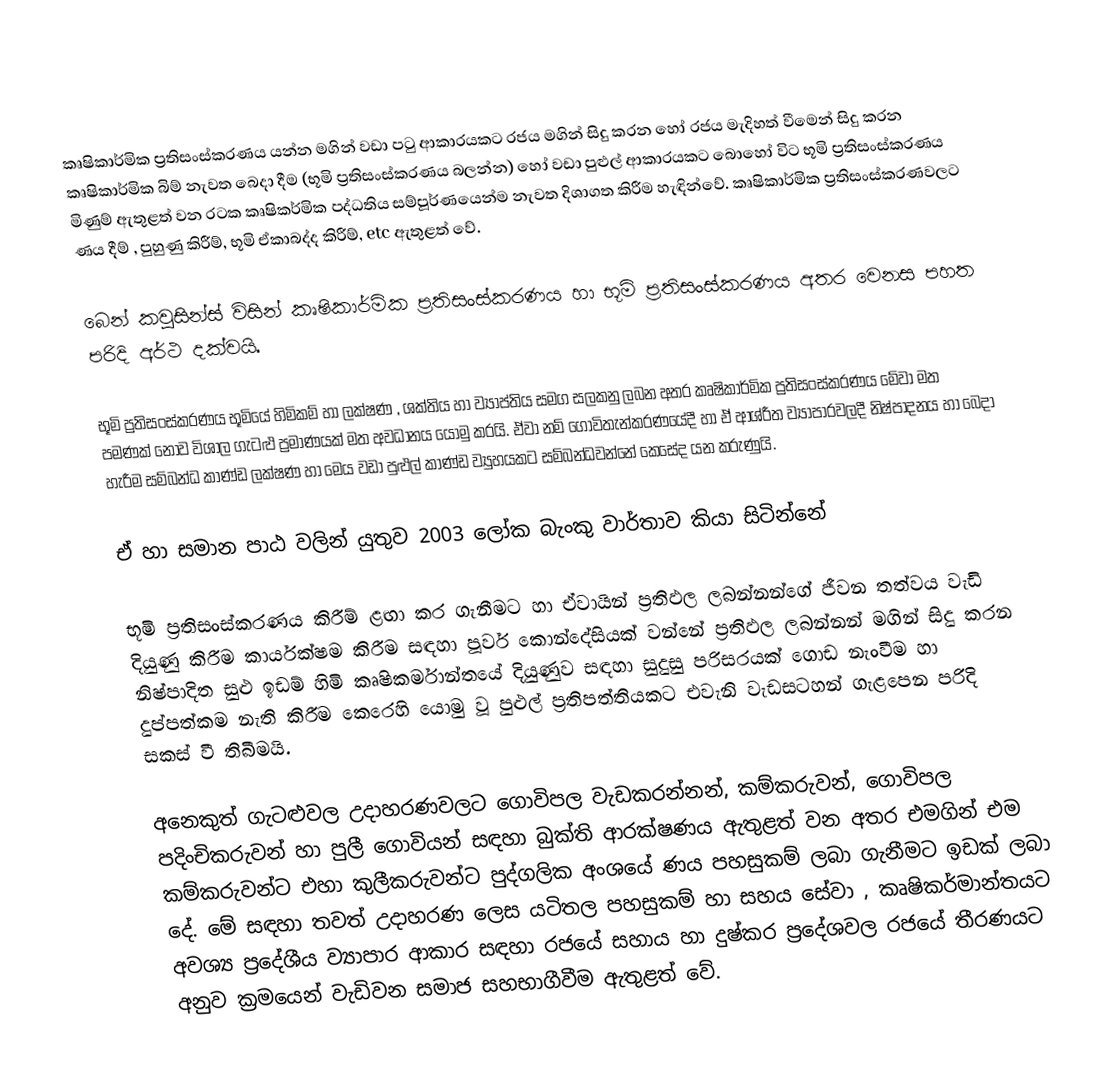
කෘෂිකාර්මික ප්‍රතිසංස්කරණය යන්න මගින් වඩා පටු ආකාරයකට රජය මගින් සිදු කරන හෝ රජය මැදිහත් වීමෙන් සිදු කරන කෘෂිකාර්මික බිම් නැවත බෙදා දීම (භූමි ප්‍රතිසංස්කරණය බලන්න) හෝ වඩා පුළුල් ආකාරයකට බොහෝ විට භූමි ප්‍රතිසංස්කරණය මිණුම් ඇතුළත් වන  රටක කෘෂිකර්මික පද්ධතිය සම්පූර්ණයෙන්ම නැවත දිශාගත කිරීම හැඳින්වේ. කෘෂිකාර්මික ප්‍රතිසංස්කරණවලට ණය දීම් , පුහුණු කිරීම්, භූමි ඒකාබද්ද කිරීම්, etc ඇතුළත් වේ.

බෙන් කවුසින්ස් විසින් කෘෂිකාර්මික ප්‍රතිසංස්කරණය හා භූමි ප්‍රතිසංස්කරණය අතර වෙනස පහත පරිදි අර්ථ දක්වයි.

භූමි ප්‍රතිසංස්කරණය භූමියේ හිමිකම් හා ලක්ෂණ , ශක්තිය හා ව්‍යාප්තිය සමග සලකනු ලබන අතර කෘෂිකාර්මික ප්‍රතිසංස්කරණය මේවා මත පමණක් නොව විශාල ගැටළු ප්‍රමාණයක් මත අවධානය යොමු කරයි. ඒවා නම් ගොවිතැන්කරණයේදී හා ඒ ආශ්රීත ව්‍යාපාරවලදී නිෂ්පාදනය හා බෙදා හැරීම සම්බන්ධ කාණ්ඩ ලක්ෂණ හා මෙය වඩා පුළුල් කාණ්ඩ ව්‍යුහයකට සම්බන්ධවන්නේ කෙසේද යන කරුණුයි.

ඒ හා සමාන පාඨ වලින් යුතුව 2003 ලෝක බැංකු වාර්තාව කියා සිටින්නේ

භූමි ප්‍රතිසංස්කරණය කිරීම් ළඟා කර ගැනීමට හා  ඒවායින් ප්‍රතිඵල ලබන්නන්ගේ ජීවන තත්වය වැඩි දියුණු කිරීම කාර්යක්ෂම කිරීම සඳහා පූර්ව කොන්දේසියක් වන්නේ ප්‍රතිඵල ලබන්නන් මගින් සිදු කරන නිෂ්පාදිත සුළු ඉඩම් හිමි කෘෂිකර්මාන්තයේ දියුණුව සඳහා සුදුසු පරිසරයක් ගොඩ නැංවීම හා දුප්පත්කම නැති කිරීම කෙරෙහි යොමු වූ පුළුල් ප්‍රතිපත්තියකට එවැනි වැඩසටහන් ගැළපෙන පරිදි සකස් වී තිබීමයි.

අනෙකුත් ගැටළුවල උදාහරණවලට ගොවිපල වැඩකරන්නන්, කම්කරුවන්, ගොවිපල පදිංචිකරුවන් හා පුලී ගොවියන් සඳහා බුක්ති ආරක්ෂණය ඇතුළත් වන අතර එමගින් එම කම්කරුවන්ට එහා කුලීකරුවන්ට පුද්ගලික අංශයේ ණය පහසුකම් ලබා ගැනීමට ඉඩක් ලබා දේ. මේ සඳහා තවත් උදාහරණ ලෙස යටිතල පහසුකම් හා සහය සේවා , කෘෂිකර්මාන්තයට අවශ්‍ය ප්‍රදේශීය ව්‍යාපාර ආකාර සඳහා රජයේ සහාය හා දුෂ්කර ප්‍රදේශවල රජයේ තීරණයට අනුව ක්‍රමයෙන් වැඩිවන සමාජ සහභාගීවීම ඇතුළත් වේ.